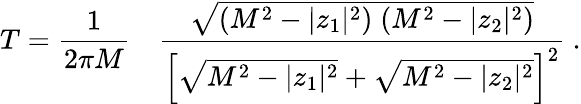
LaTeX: T={\frac{1}{2\pi M}}\quad{\frac{\sqrt{(M^{2}-|z_{1}|^{2})\; (M^{2}-|z_{2}|^{2})}}{\left[\sqrt{M^{2}-|z_{1}|^{2}}+\sqrt{M^{2}-|z_{2}|^{2}}\right]^{2}}}\ .